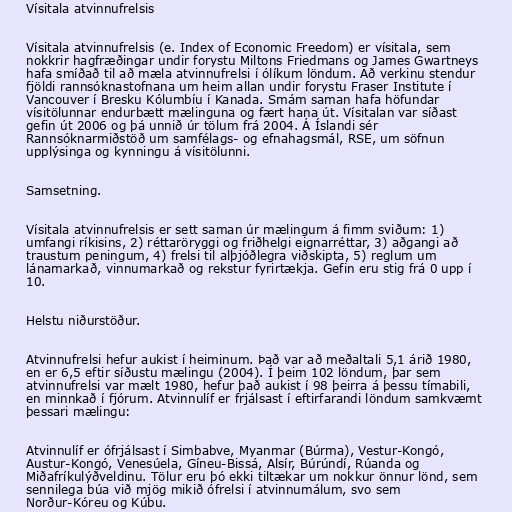
Vísitala atvinnufrelsis

Vísitala atvinnufrelsis (e. Index of Economic Freedom) er vísitala, sem
nokkrir hagfræðingar undir forystu Miltons Friedmans og James Gwartneys
hafa smíðað til að mæla atvinnufrelsi í ólíkum löndum. Að verkinu stendur
fjöldi rannsóknastofnana um heim allan undir forystu Fraser Institute í
Vancouver í Bresku Kólumbíu í Kanada. Smám saman hafa höfundar
vísitölunnar endurbætt mælinguna og fært hana út. Vísitalan var síðast
gefin út 2006 og þá unnið úr tölum frá 2004. Á Íslandi sér
Rannsóknarmiðstöð um samfélags- og efnahagsmál, RSE, um söfnun
upplýsinga og kynningu á vísitölunni.

Samsetning.

Vísitala atvinnufrelsis er sett saman úr mælingum á fimm sviðum: 1)
umfangi ríkisins, 2) réttaröryggi og friðhelgi eignarréttar, 3) aðgangi að
traustum peningum, 4) frelsi til alþjóðlegra viðskipta, 5) reglum um
lánamarkað, vinnumarkað og rekstur fyrirtækja. Gefin eru stig frá 0 upp í
10.

Helstu niðurstöður.

Atvinnufrelsi hefur aukist í heiminum. Það var að meðaltali 5,1 árið 1980,
en er 6,5 eftir síðustu mælingu (2004). Í þeim 102 löndum, þar sem
atvinnufrelsi var mælt 1980, hefur það aukist í 98 þeirra á þessu tímabili,
en minnkað í fjórum. Atvinnulíf er frjálsast í eftirfarandi löndum samkvæmt
þessari mælingu:

Atvinnulíf er ófrjálsast í Simbabve, Myanmar (Búrma), Vestur-Kongó,
Austur-Kongó, Venesúela, Gíneu-Bissá, Alsír, Búrúndí, Rúanda og
Miðafríkulýðveldinu. Tölur eru þó ekki tiltækar um nokkur önnur lönd, sem
sennilega búa við mjög mikið ófrelsi í atvinnumálum, svo sem
Norður-Kóreu og Kúbu.